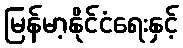
မြန်မာ့နိုင်ငံရေးနှင့်